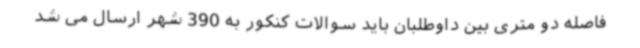
فاصله دو متری بین داوطلبان باید سوالات کنکور به 390 شهر ارسال می شد